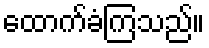
ထောက်ခံကြသည်။